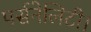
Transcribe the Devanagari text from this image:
पर्सनेलिटी।